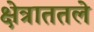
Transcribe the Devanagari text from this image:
क्षेत्राततले